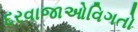
દરવાજાઓવિગતો